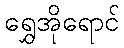
ရွှေအိုရောင်